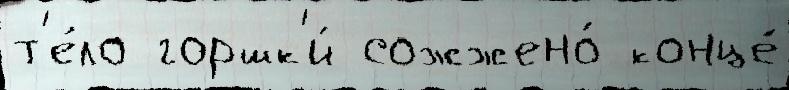
т'е́ло горшк'и́ сожжено́ конце́